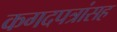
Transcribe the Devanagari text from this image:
कगदपत्रांसह